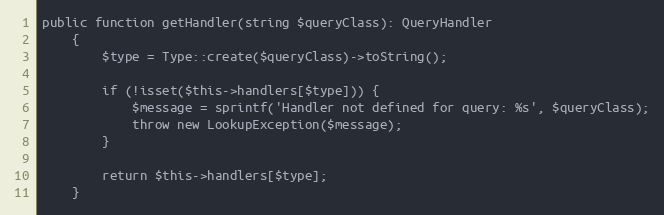
Language: PHP
public function getHandler(string $queryClass): QueryHandler
    {
        $type = Type::create($queryClass)->toString();

        if (!isset($this->handlers[$type])) {
            $message = sprintf('Handler not defined for query: %s', $queryClass);
            throw new LookupException($message);
        }

        return $this->handlers[$type];
    }